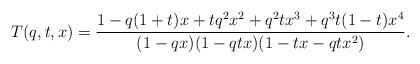
LaTeX: \begin{align*}T(q,t,x) = \frac{1-q(1+t)x + tq^2 x^2 + q^2tx^3+q^3t(1-t)x^4}{(1-qx)(1-qtx)(1-tx-qtx^2)}.\end{align*}